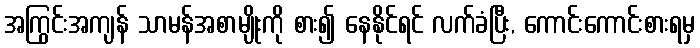
အကြွင်းအကျန် သာမန်အစာမျိုးကို စား၍ နေနိုင်ရင် လက်ခံပြီး, ကောင်းကောင်းစားရမှ